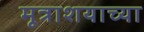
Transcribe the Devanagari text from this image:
मूत्राशयाच्या